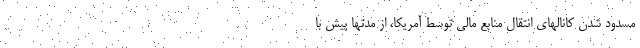
مسدود شدن کانالهای انتقال منابع مالی توسط آمریکا، از مدتها پیش با